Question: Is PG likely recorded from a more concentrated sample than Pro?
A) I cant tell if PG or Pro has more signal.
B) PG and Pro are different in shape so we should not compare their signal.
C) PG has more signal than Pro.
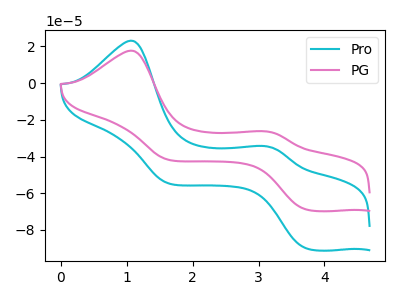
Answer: <think>The cyan curve "Pro" has anodic peaks at (1.05V, 23.10uA) (3.10V, -34.30uA) and cathodic peaks at (3.70V, -90.00uA) (1.65V, -54.60uA). The pink curve "PG" has anodic peaks at (1.05V, 17.65uA) (3.10V, -26.25uA) and cathodic peaks at (3.70V, -68.80uA) (1.65V, -41.75uA).
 All the peaks in "PG" have a peak in "Pro" at the same potential.</think>
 <answer>A) I cant tell if "PG" or "Pro" has more signal.</answer>
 <eval>A</eval>